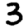
Digit: 3